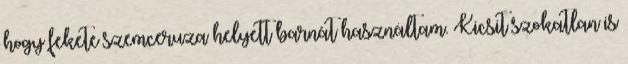
hogy fekete szemceruza helyett barnát használtam. Kicsit szokatlan is